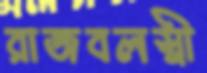
রাজবলস্নী